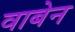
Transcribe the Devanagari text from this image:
वाबेन